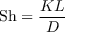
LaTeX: \mathrm { S h } = { \frac { K L } { D } }